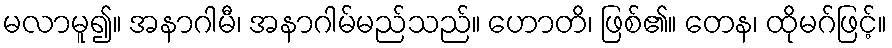
မလာမူ၍။ အနာဂါမီ၊ အနာဂါမ်မည်သည်။ ဟောတိ၊ ဖြစ်၏။ တေန၊ ထိုမဂ်ဖြင့်။